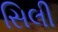
સિલી